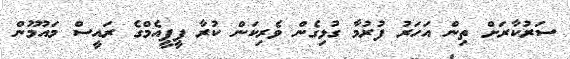
ސަރުކާރަށް ތިން އަހަރު ފުރުމާ ގުޅިގެން ވެރިކަން ކުރާ ޕީޕީއެމްގެ ރައީސް މައުމޫން